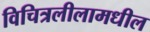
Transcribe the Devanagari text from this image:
विचित्रलीलामधील